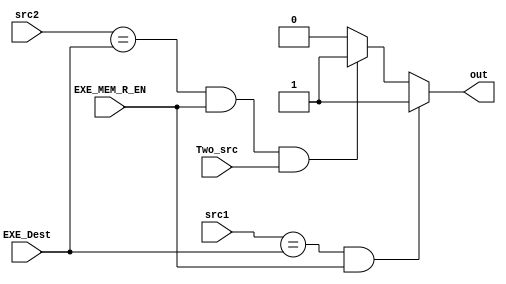
module Hazard_Detection_Unit(
input Two_src, EXE_MEM_R_EN,
input[3:0] EXE_Dest, src1, src2,
output reg out
);
always@(*)begin
    out <= 1'b0;
    if((src1 == EXE_Dest) && (EXE_MEM_R_EN == 1'b1))
      out <= 1'b1;
    else if((src2 == EXE_Dest) && (EXE_MEM_R_EN == 1'b1) && (Two_src == 1'b1))
      out <= 1'b1;
end

endmodule